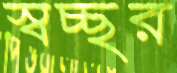
স্বচ্ছর